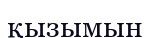
қызымын